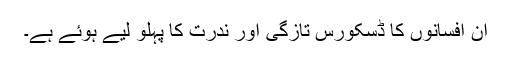
ان افسانوں کا ڈسکورس تازگی اور ندرت کا پہلو لیے ہوئے ہے۔